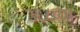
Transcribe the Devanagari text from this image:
३६८व्या